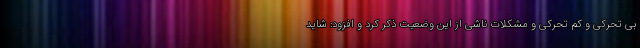
بی تحرکی و کم تحرکی و مشکلات ناشی از این وضعیت ذکر کرد و افزود: شاید